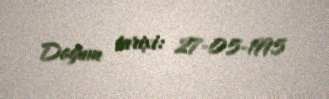
Doğum tarixi: 27-05-1995